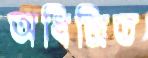
অধিশ্রিত